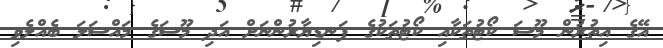
އޭގެ އިތުރުން މޫސަ ކޯޓުތަކާއި ކޯޓުތަކުގެ ފަނޑިޔާރުންނަށް އަދި މޫސަގެ މައްސަލަ ބެއްލެވި